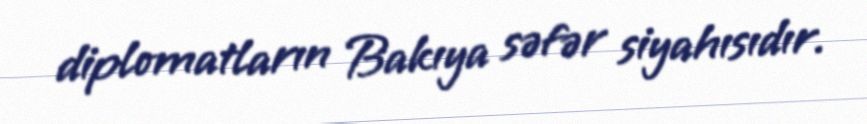
diplomatların Bakıya səfər siyahısıdır.